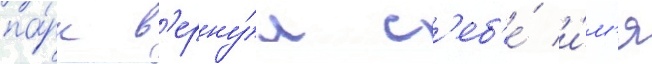
па́рк в'ерну́л с'еб'е́ и́м'я